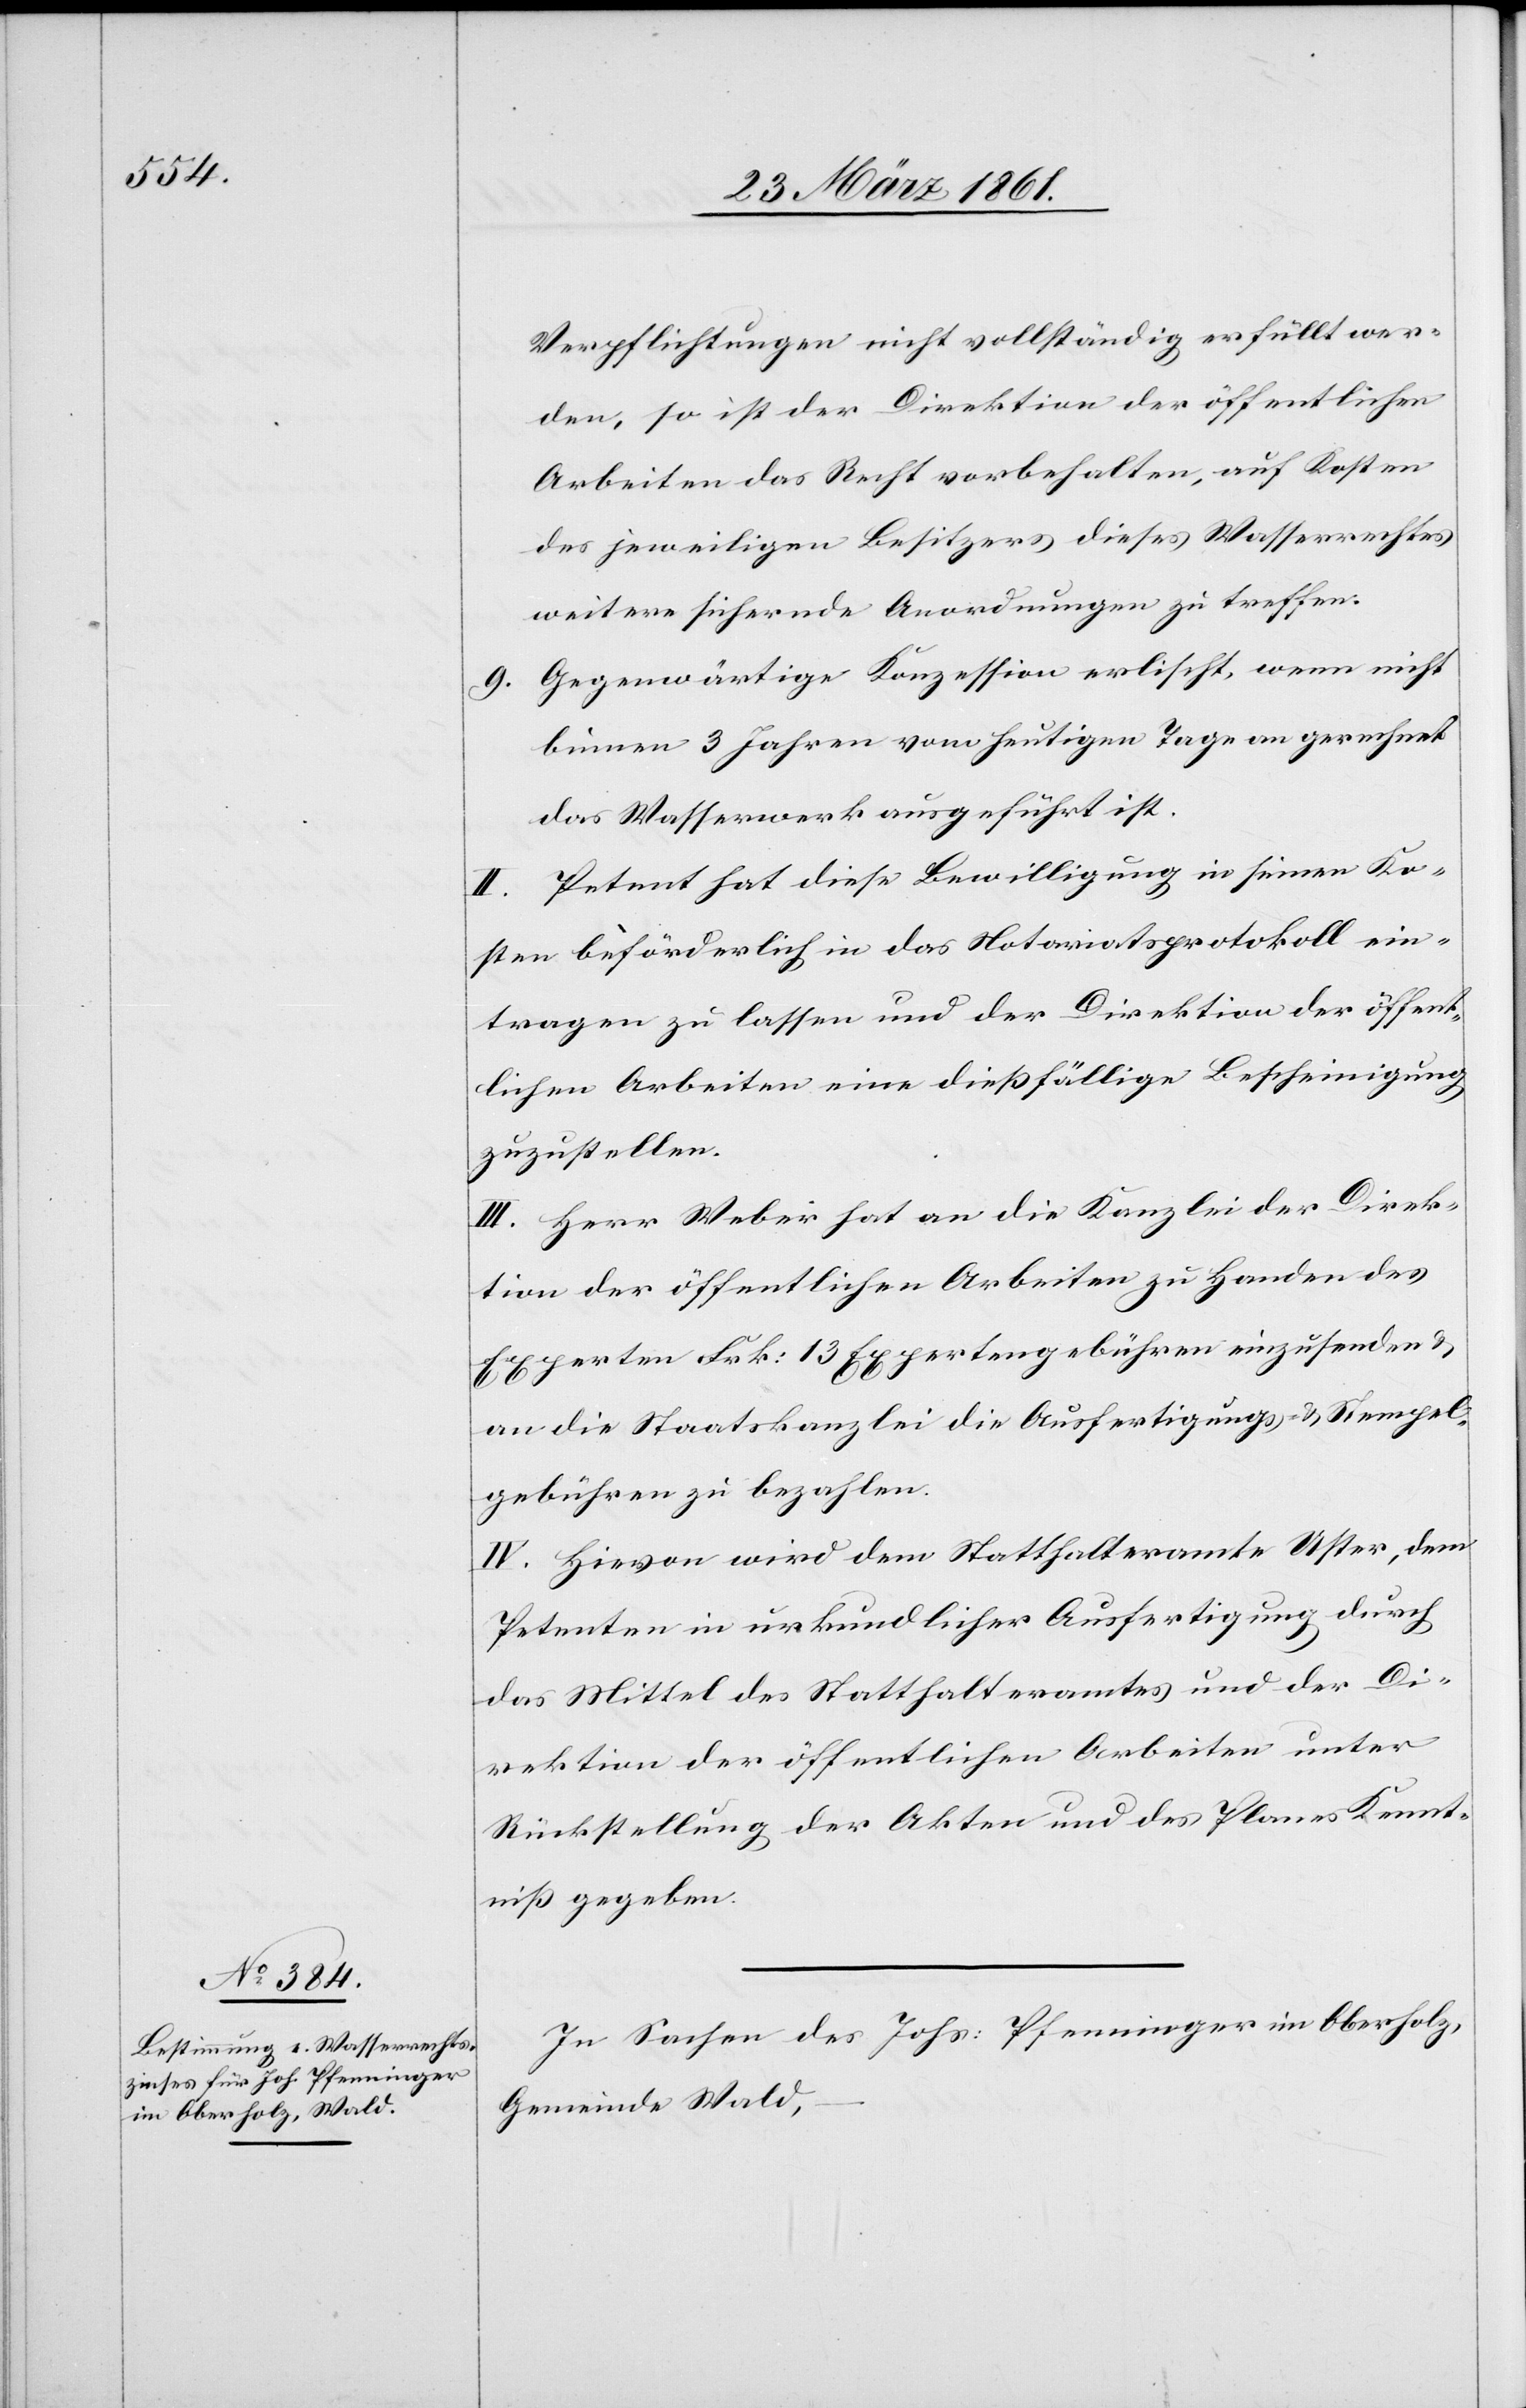
Verpflichtungen nicht vollständig erfüllt wer¬
den, so ist der Direktion der öffentlichen
Arbeiten das Recht vorbehalten, auf Kosten
des jeweiligen Besitzers dieses Wasserrechtes
weitere sichernde Anordnungen zu treffen.
9. Gegenwärtige Konzession erlischt, wenn nicht
binnen 3 Jahren vom heutigen Tage an gerechnet
das Wasserwerk ausgeführt ist.
Petent hat diese Bewilligung in seinen Ko¬
sten beförderlich in das Notariatsprotokoll ein¬
tragen zu lassen und der Direktion der öffent¬
lichen Arbeiten eine dießfällige Bescheinigung
zuzustellen.
III. Herr Weber hat an die Kanzlei der Direk¬
tion der öffentlichen Arbeiten zu Handen des
Experten Frk: 13 Expertengebühren einzusenden u.
an die Staatskanzlei die Ausfertigungs- u. Stempel¬
gebühren zu bezahlen.
IV. Hievon wird dem Statthalteramte Uster, dem
Petenten in urkundlicher Ausfertigung durch
das Mittel des Statthalteramtes und der Di¬
rektion der öffentlichen Arbeiten unter
Rückstellung der Akten und des Planes Kennt¬
niß gegeben.
In Sachen des Johs: Pfenninger im Oberholz,
Gemeinde Wald,